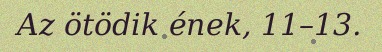
Az ötödik ének, 11–13.